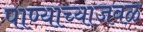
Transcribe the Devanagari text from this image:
पाण्याच्याजवळ